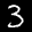
Label: 3